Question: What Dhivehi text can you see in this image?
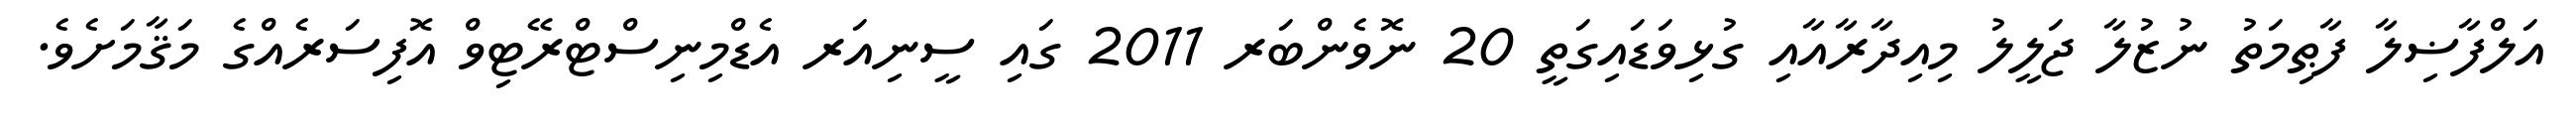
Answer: އަލްފާޟިލާ ފާޠިމަތު ނުޒުލާ ޖަލީލު މިއިދާރާއާއި ގުޅިވަޑައިގަތީ 20 ނޮވެންބަރ 2011 ގައި ސީނިއަރ އެޑްމިނިސްޓްރޭޓިވް އޮފިސަރެއްގެ މަޤާމަށެވެ.